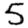
Digit: 5